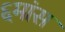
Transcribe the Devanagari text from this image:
६मांस